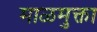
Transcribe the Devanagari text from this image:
माळमुक्ता